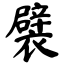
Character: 襞